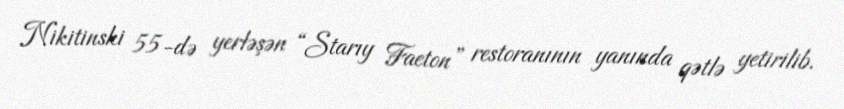
Nikitinski 55-də yerləşən “Starıy Faeton” restoranının yanında qətlə yetirilib.